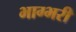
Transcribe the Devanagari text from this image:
भाग्भरी